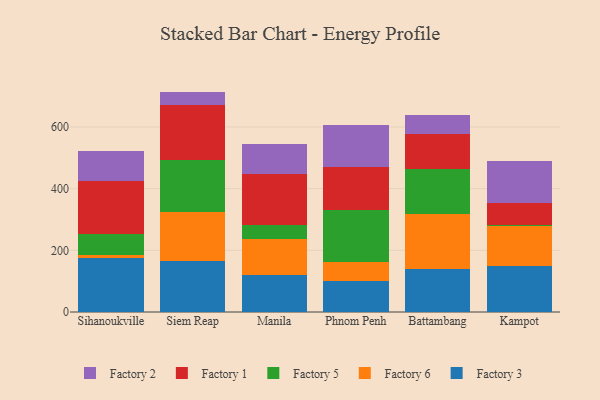
{"axis": {"x": "City", "y": "Tickets Resolved"}, "legend": ["Factory 1", "Factory 2", "Factory 3", "Factory 5", "Factory 6"], "data": [{"x": "Sihanoukville", "y": 175.7, "type": "Factory 3"}, {"x": "Sihanoukville", "y": 8.3, "type": "Factory 6"}, {"x": "Sihanoukville", "y": 68.0, "type": "Factory 5"}, {"x": "Sihanoukville", "y": 173.2, "type": "Factory 1"}, {"x": "Sihanoukville", "y": 95.3, "type": "Factory 2"}, {"x": "Siem Reap", "y": 164.4, "type": "Factory 3"}, {"x": "Siem Reap", "y": 161.3, "type": "Factory 6"}, {"x": "Siem Reap", "y": 167.7, "type": "Factory 5"}, {"x": "Siem Reap", "y": 179.3, "type": "Factory 1"}, {"x": "Siem Reap", "y": 42.0, "type": "Factory 2"}, {"x": "Manila", "y": 121.1, "type": "Factory 3"}, {"x": "Manila", "y": 116.5, "type": "Factory 6"}, {"x": "Manila", "y": 44.2, "type": "Factory 5"}, {"x": "Manila", "y": 164.7, "type": "Factory 1"}, {"x": "Manila", "y": 97.6, "type": "Factory 2"}, {"x": "Phnom Penh", "y": 100.0, "type": "Factory 3"}, {"x": "Phnom Penh", "y": 62.3, "type": "Factory 6"}, {"x": "Phnom Penh", "y": 168.3, "type": "Factory 5"}, {"x": "Phnom Penh", "y": 140.0, "type": "Factory 1"}, {"x": "Phnom Penh", "y": 135.0, "type": "Factory 2"}, {"x": "Battambang", "y": 139.9, "type": "Factory 3"}, {"x": "Battambang", "y": 176.9, "type": "Factory 6"}, {"x": "Battambang", "y": 148.2, "type": "Factory 5"}, {"x": "Battambang", "y": 110.7, "type": "Factory 1"}, {"x": "Battambang", "y": 63.5, "type": "Factory 2"}, {"x": "Kampot", "y": 149.6, "type": "Factory 3"}, {"x": "Kampot", "y": 127.7, "type": "Factory 6"}, {"x": "Kampot", "y": 5.8, "type": "Factory 5"}, {"x": "Kampot", "y": 71.9, "type": "Factory 1"}, {"x": "Kampot", "y": 134.7, "type": "Factory 2"}]}